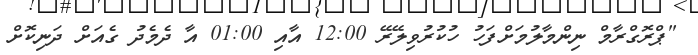
"ޕްރޮގްރާމް ނިންމާލުމަށްފަހު ހުކުރުވިލޭރޭ 12:00 އާއި 01:00 އާ ދެމެދު ގެއަށް ދަނިކޮށް